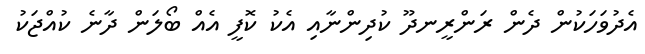
އެދުވަހަކުން ދެން ރަންރީނދޫ ކުދިންނާއި އެކު ކޮފީ އެއް ބޯލަން ދާނެ ކުއްޖަކު